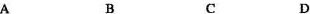
A B C D